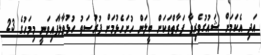
އަދި އެކަމަށް ޝައުގުވެރިވާ ފަރާތްތަކަށް ބީލަން ހުށަހެޅުމަށް ފުރުސަތު ހުޅުވާލާފައިވަނީ މިމަހުގެ 23